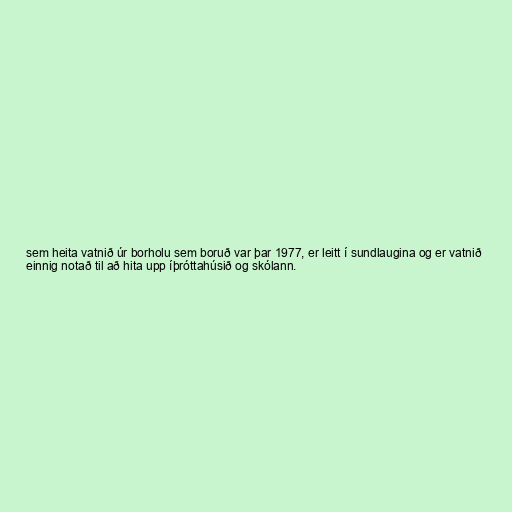
sem heita vatnið úr borholu sem boruð var þar 1977, er leitt í sundlaugina og er vatnið
einnig notað til að hita upp íþróttahúsið og skólann.